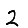
Digit: 2